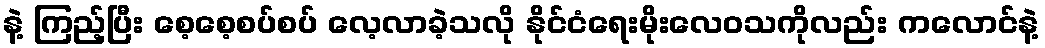
နဲ့ ကြည့်ပြီး စေ့စေ့စပ်စပ် လေ့လာခဲ့သလို နိုင်ငံရေးမိုးလေဝသကိုလည်း ကလောင်နဲ့